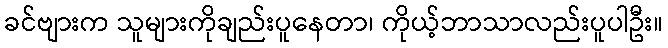
ခင်ဗျားက သူများကိုချည်းပူနေတာ၊ ကိုယ့်ဘာသာလည်းပူပါဦး။